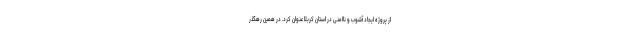
از پروژه ایجاد آشوب و ناامنی در استان کربلا عنوان کرد. در همین رهگذر